Language: tamil
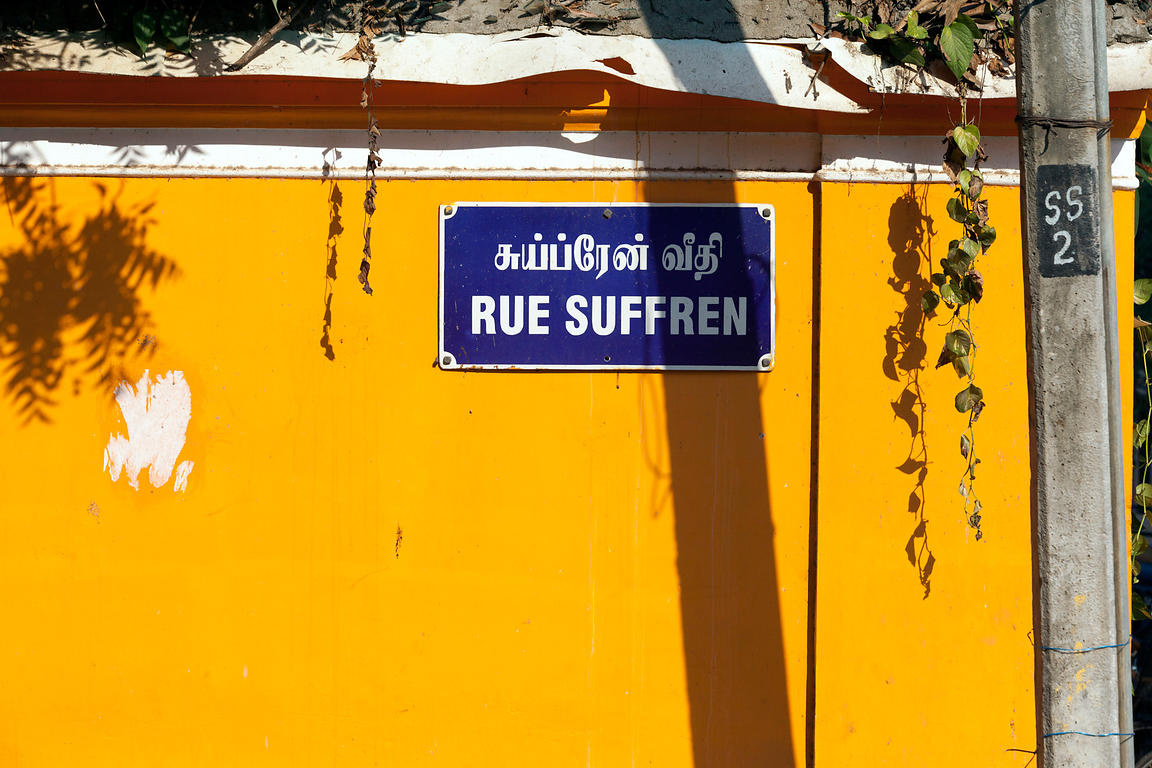
Transcription: சுய்ப்ரேன் வீதி